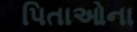
પિતાઓના